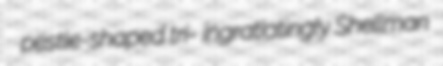
pestle-shaped tri- ingratiatingly Shellman